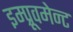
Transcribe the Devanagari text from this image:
इम्प्रूवमेन्ट